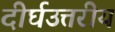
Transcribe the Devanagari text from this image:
दीर्घउत्तरीय